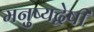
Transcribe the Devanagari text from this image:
मनुष्यद्वेषी